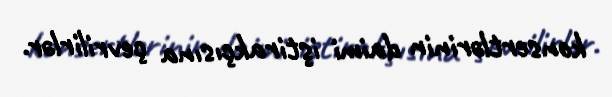
konsertlərinin daimi iştirakçısına çevrilirlər.